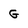
Character: G